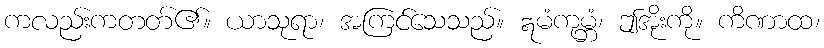
ကလည်းကတတ်၏။ ယာသုရာ၊ အကြင်သေသည်။ ဣမံကုမ္ဘံ၊ ဤအိုးကို။ ကိဏာထ၊